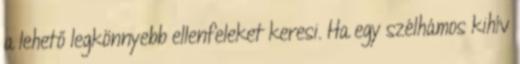
a lehető legkönnyebb ellenfeleket keresi. Ha egy szélhámos kihív